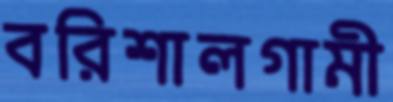
বরিশালগামী